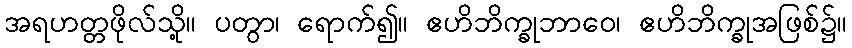
အရဟတ္တဖိုလ်သို့။ ပတွာ၊ ရောက်၍။ ဧဟိဘိက္ခုဘာဝေ၊ ဧဟိဘိက္ခုအဖြစ်၌။